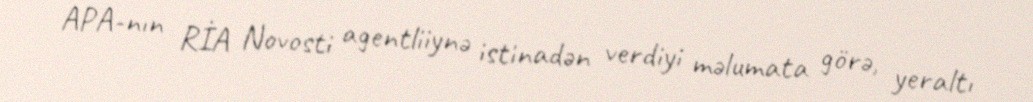
APA-nın RİA Novosti agentliiynə istinadən verdiyi məlumata görə, yeraltı